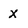
Character: x